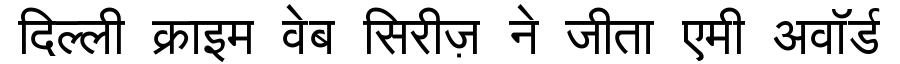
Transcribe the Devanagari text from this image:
दिल्ली क्राइम वेब सिरीज़ ने जीता एमी अवॉर्ड